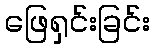
ဖြေရှင်းခြင်း